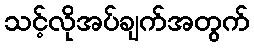
သင့်လိုအပ်ချက်အတွက်